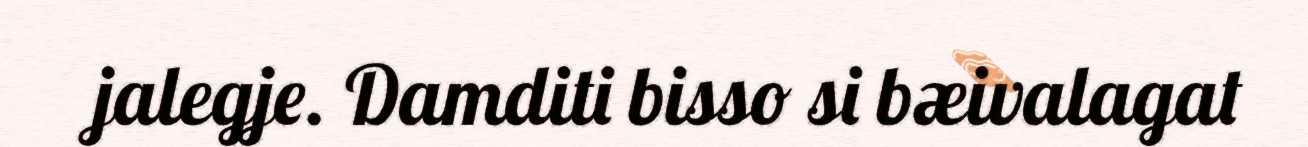
jalegje. Damditi bisso si bæivalagat